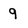
Character: 9